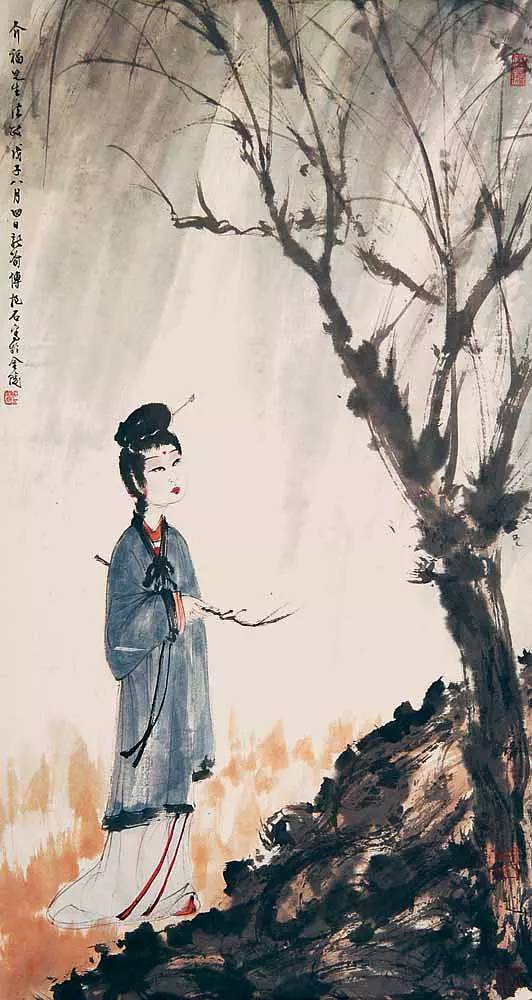
打起黄莺儿，莫教枝上啼。